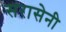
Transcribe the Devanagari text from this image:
सरासेनी